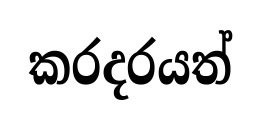
කරදරයත්